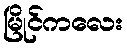
မြိုင်ကလေး